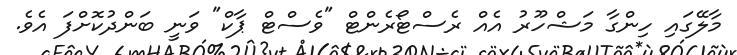
މާލޭގައި ހިންގާ މަޝްހޫރު އެއް ރެސްޓޯރެންޓް "ވެސްޓް ޕާކް" ވަނީ ބަންދުކޮށްފަ އެވެ.